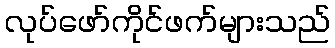
လုပ်ဖော်ကိုင်ဖက်များသည်